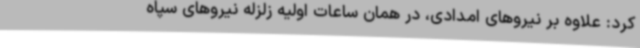
کرد: علاوه بر نیروهای امدادی، در همان ساعات اولیه زلزله نیروهای سپاه